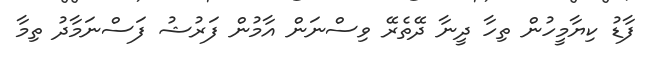
ފާޑު ކިޔާމީހުން ތިހާ ދީނާ ދޭތެރޭ ވިސްނަން އާމުން ފަރުޝު ފަސްނަމާދު ތިމާ